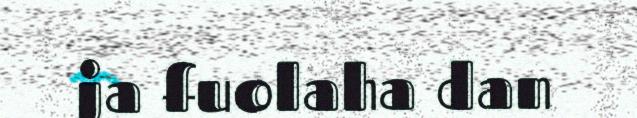
ja fuolaha dan